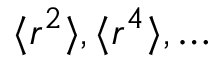
\langle r ^ { 2 } \rangle , \langle r ^ { 4 } \rangle , \dots